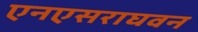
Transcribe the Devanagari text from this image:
एनएसराघवन